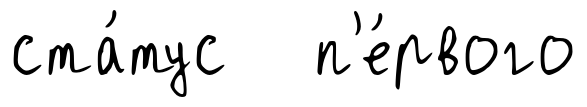
ста́тус п'е́рвого